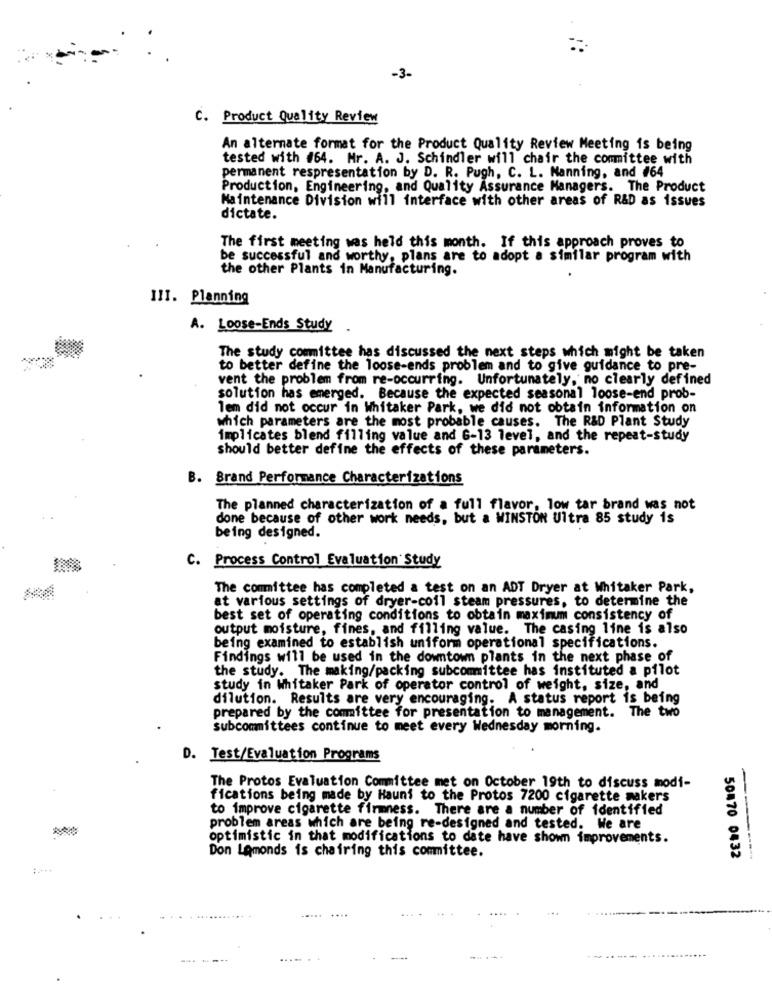
-3-
C. Product Quality Review
An alternate format for the Product Quality Review Meeting is being
tested with #64. Mr. A. J. Schindler will chair the committee with
permanent respresentation by D. R. Pugh, C. L. Manning, and #64
Production, Engineering, and Quality Assurance Managers. The Product
Maintenance Division will interface with other areas of R&D as issues
dictate.
The first meeting was held this month. If this approach proves to
be successful and worthy, plans are to adopt a similar program with
the other Plants in Manufacturing.
III. Planning
A. Loose-Ends Study
The study committee has discussed the next steps which might be taken
to better define the loose-ends problem and to give guidance to pre-
vent the problem from re-occurring. Unfortunately, no clearly defined
solution has emerged. Because the expected seasonal loose-end prob-
lem did not occur in Whitaker Park, we did not obtain information on
which parameters are the most probable causes. The R&D Plant Study
implicates blend filling value and 6-13 level, and the repeat-study
Should better define the effects of these parameters.
B. Brand Performance Characterizations
The planned characterization of a full flavor, low tar brand was not
done because of other work needs, but a WINSTON Ultra 85 study is
being designed.
C. Process Control Evaluation Study
The committee has completed a test on an ADT Dryer at Whitaker Park,
at various settings of dryer-coil steam pressures, to determine the
best set of operating conditions to obtain maximum consistency of
output moisture, fines, and filling value. The casing line is also
being examined to establish uniform operational specifications.
Findings will be used in the downtown plants in the next phase of
the study. The making/packing subcommittee has instituted a pilot
study in Whitaker Park of operator control of weight, size, and
dilution. Results are very encouraging. A status report is being
prepared by the committee for presentation to management. The two
subcommittees continue to meet every Wednesday morning.
D. Test/Evaluation Programs
The Protos Evaluation Committee met on October 19th to discuss modi-
fications being made by Hauns to the Protos 7200 cigarette makers
to improve cigarette firmness. There are a number of identified
problem areas which are being re-designed and tested. We are
optimistic in that modifications to date have shown improvements.
Don LAmonds is chairing this committee.
50870 0432